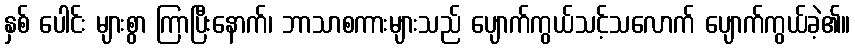
နှစ် ပေါင်း များစွာ ကြာပြီးနောက်၊ ဘာသာစကားများသည် ပျောက်ကွယ်သင့်သလောက် ပျောက်ကွယ်ခဲ့၏။